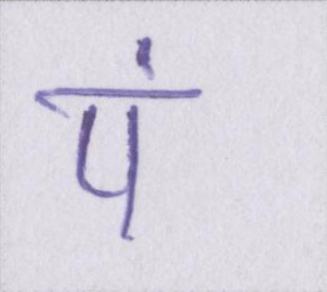
पं